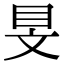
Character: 𥄐